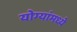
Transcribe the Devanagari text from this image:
योग्यांमध्ये